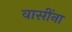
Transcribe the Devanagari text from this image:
वासींना